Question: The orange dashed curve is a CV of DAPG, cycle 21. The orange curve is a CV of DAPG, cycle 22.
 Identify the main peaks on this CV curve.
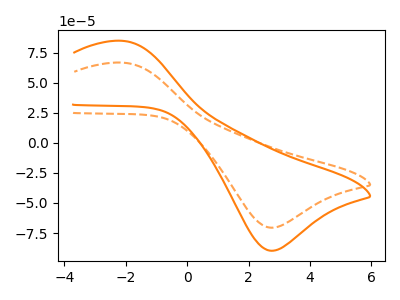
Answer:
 <answer>The orange dashed curve "DAPG, cycle 21" has an anodic peak at (-2.05V, 66.65uA) and a cathodic peak at (2.80V, -70.50uA). The orange curve "DAPG, cycle 22" has an anodic peak at (-2.05V, 84.75uA) and a cathodic peak at (2.80V, -89.65uA).</answer>
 <eval></eval>